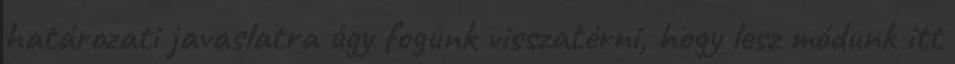
határozati javaslatra úgy fogunk visszatérni, hogy lesz módunk itt